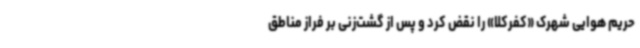
حریم هوایی شهرک «کفرکلا» را نقض کرد و پس از گشت‌زنی بر فراز مناطق